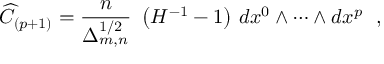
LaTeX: { \widehat C } _ { ( p + 1 ) } = \frac { n } { \Delta _ { m , n } ^ { 1 / 2 } } ~ \left( { H } ^ { - 1 } - 1 \right) \, d x ^ { 0 } \wedge \cdots \wedge d x ^ { p } ~ ~ ,